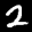
Label: 2